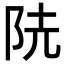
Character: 𨸪